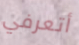
أتعرفي